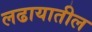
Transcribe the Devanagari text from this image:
लढायातील